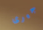
جيرى